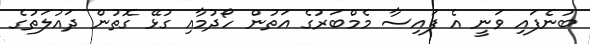
ބުނެފައި ވަނީ އެ ފައިސާ މެމްބަރުގެ އަތުން ހޯދުމާއި ގުޅޭ ގޮތުން ދައުލަތުގެ